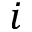
i